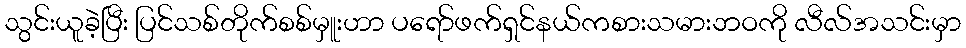
သွင်းယူခဲ့ပြီး ပြင်သစ်တိုက်စစ်မှူးဟာ ပရော်ဖက်ရှင်နယ်ကစားသမားဘဝကို လီလ်အသင်းမှာ